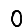
Digit: 0